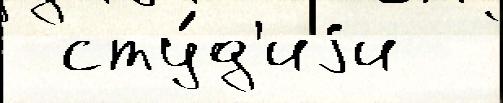
 сту́д'иjи